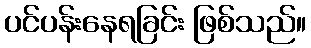
ပင်ပန်းနေရခြင်း ဖြစ်သည်။